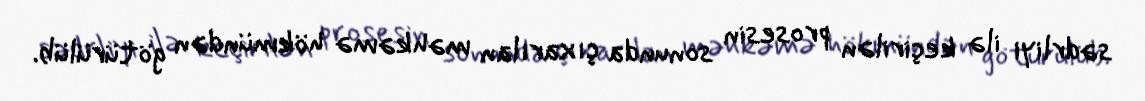
sədrliyi ilə keçirilən prosesin sonunda çıxarılan məhkəmə hökmündən götürülüb.